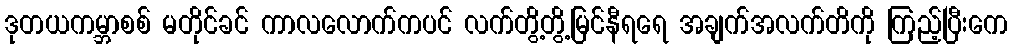
ဒုတယကမ္ဘာစစ် မတိုင်ခင် ကာလလောက်ကပင် လက်တွိ့တွိ့မြင်နီရရေ အချက်အလက်တိကို ကြည့်ပြီးကေ